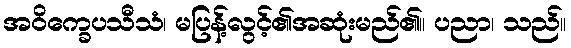
အဝိက္ခေပသီသံ၊ မပြန့်လွင့်၏အဆုံးမည်၏။ ပညာ၊ သည်။